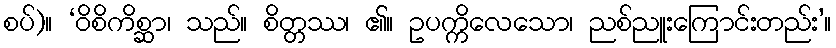
စပ်)။ ‘ဝိစိကိစ္ဆာ၊ သည်။ စိတ္တဿ၊ ၏။ ဥပက္ကိလေသော၊ ညစ်ညူးကြောင်းတည်း’။